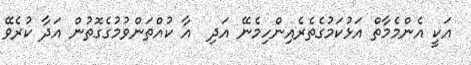
އަކީ އެންމެމާތް އަޅުކަމުގެތެރެއިންހިމެނޭ އަދި  އާ ކުއްތަންވުމުގެގޮތުން އަދާ ކުރެވޭ